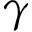
\gamma